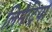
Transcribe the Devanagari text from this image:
लिमैट्रिया